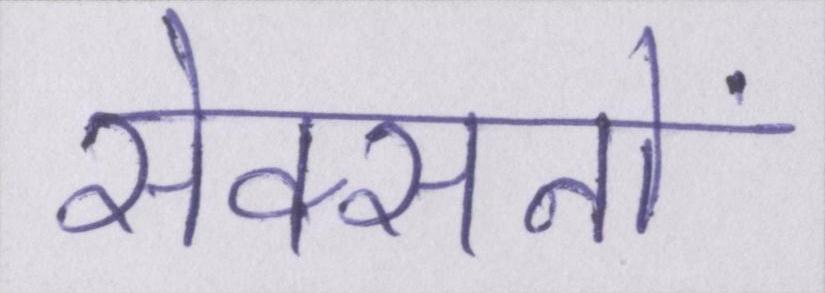
सेक्सनों